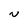
Character: N